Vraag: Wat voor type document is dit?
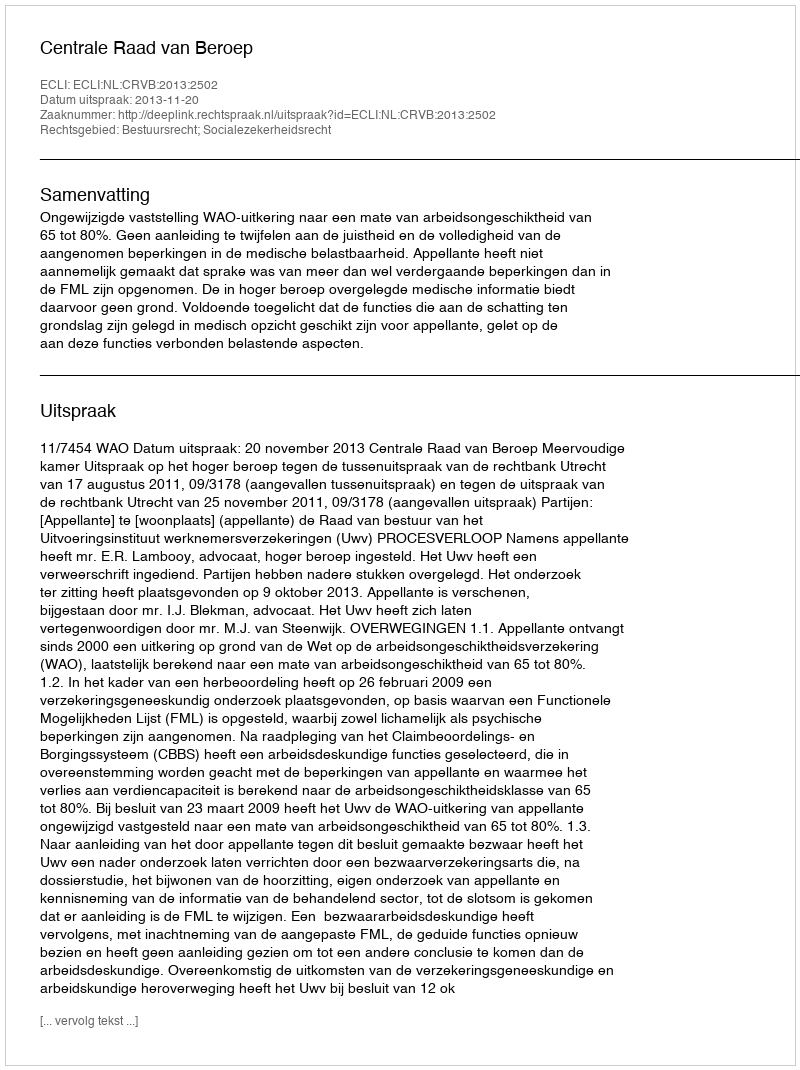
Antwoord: Uitspraak